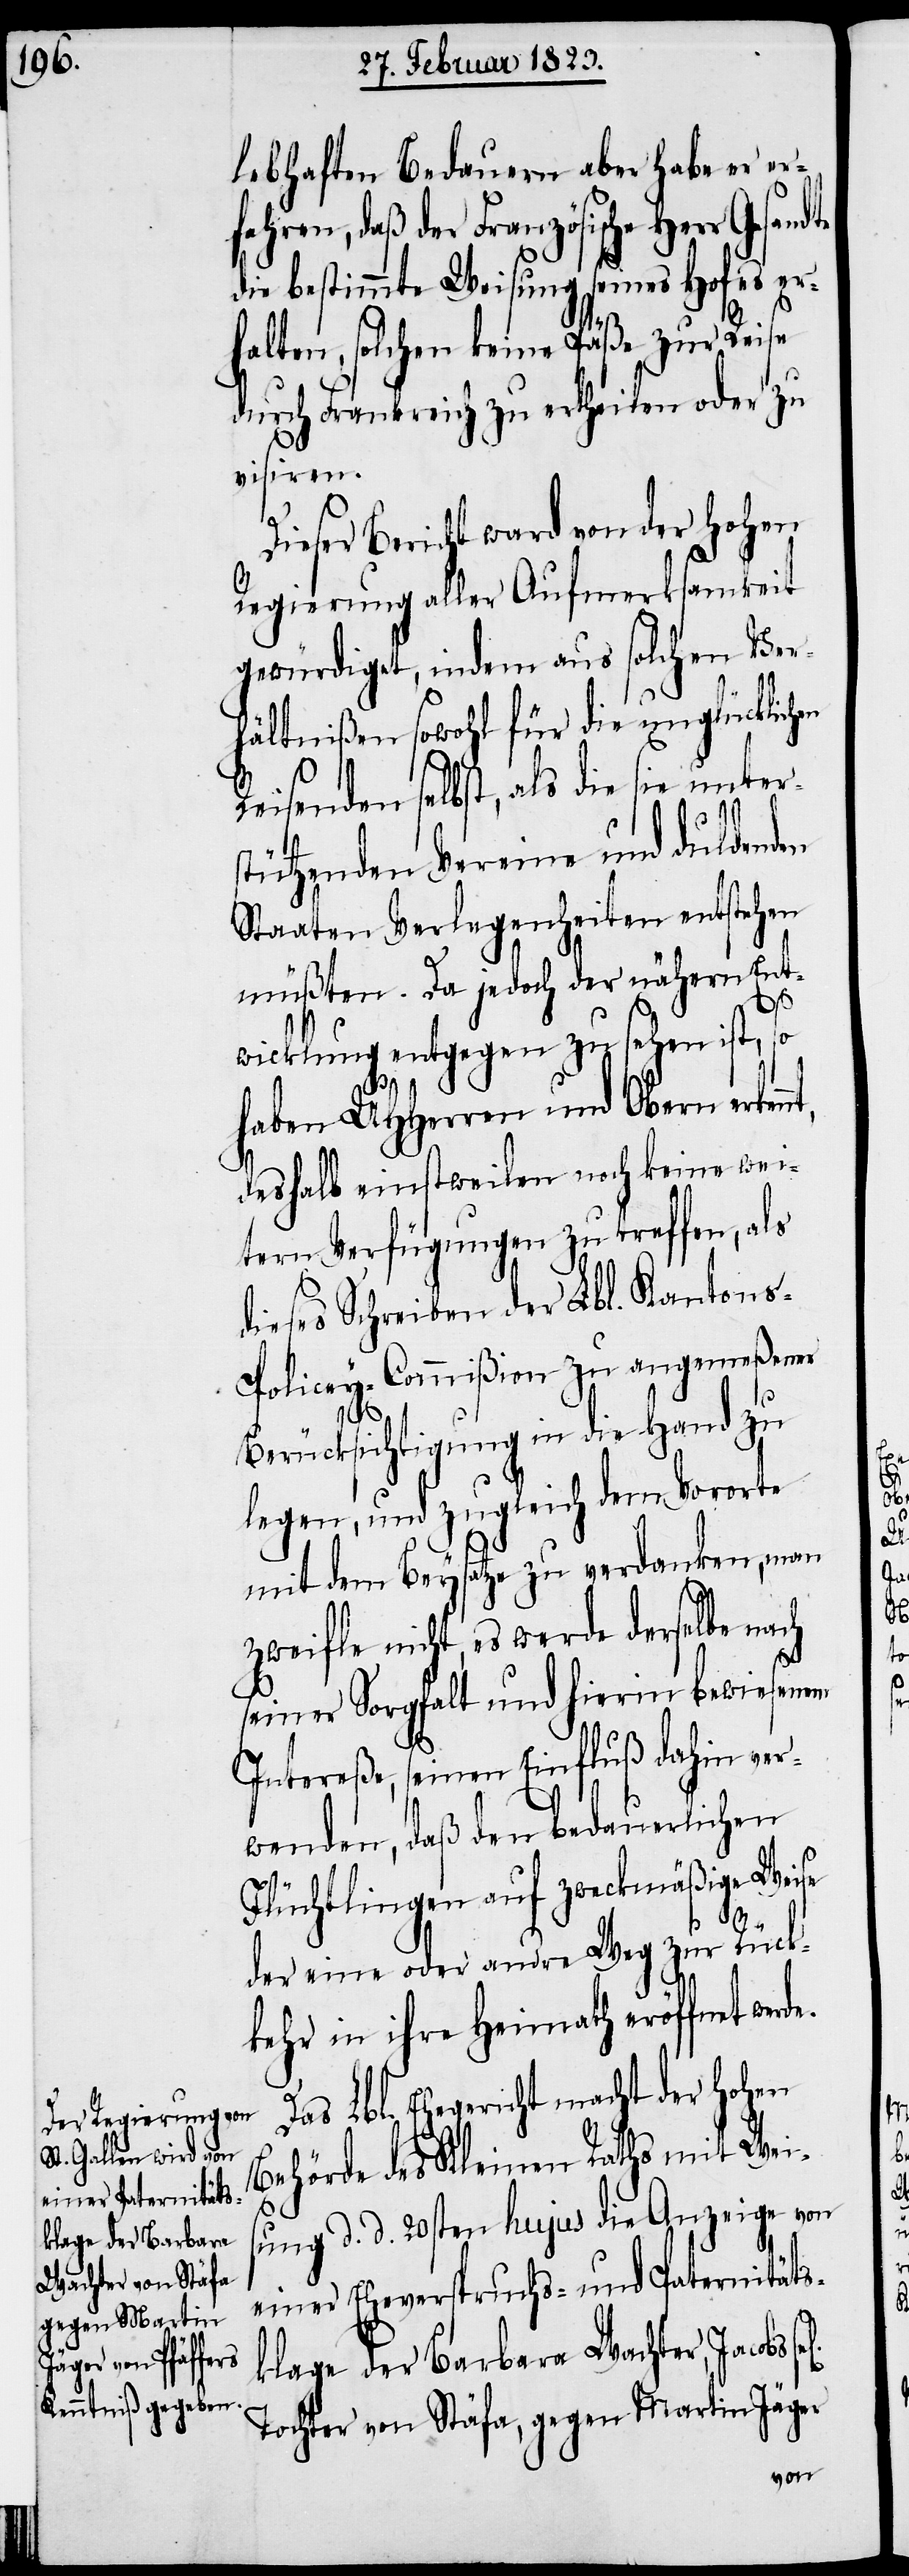
lebhaften Bedauern aber habe er er¬
fahren, daß der Französische Herr Gesan¬
die bestimmte Weisung seines Hofes er¬
halten, solchen keine Päße zur Reise
durch Frankreich zu ertheilen oder zu
visiren.
Dieser Bericht ward von der Hohen
Regierung aller Aufmerksamkeit
gewürdiget, indem aus solchen Ver¬
hältnißen sowohl für die unglücklichen
Reisenden selbst, als die sie unter¬
dte
stützenden Vereine und duldenden
Staaten Verlegenheiten entstehen
müßten. Da jedoch der nähern Ent¬
de.
wicklung entgegen zu sehen ist, so
haben UHHerren und Obern erke¬
deshalb einstweilen noch keine wei¬
tern Verfügungen zu treffen, als
dieses Schreiben der Lbl. Kanton¬
s-Policey-Commißion zu angemeßener
Berücksichtigung in die Hand zu
legen, und zugleich dem Vororte
mit dem Beysatze zu verdanken, man
zweifle nicht, es werde derselbe nach
seiner Sorgfalt und hierin bewiesenem
Intereße, seinen Einfluß dahin ver¬
wenden, daß den bedauerlichen
Flüchtlingen auf zweckmäßige Weise
der eine oder andre Weg zur Rück¬
kehr in ihre Heimath eröffnet wer¬
Das Lbl. Ehegericht macht der Hohen
Behörde des Kleinen Raths mit Weis¬
ung d. d. 20sten hujus die Anzeige von
einer Eheverspruchs- und Paternitäts¬
klage der Barbara Wachter, Jacobs
Tochter von Stäfa, gegen Martin Jäger